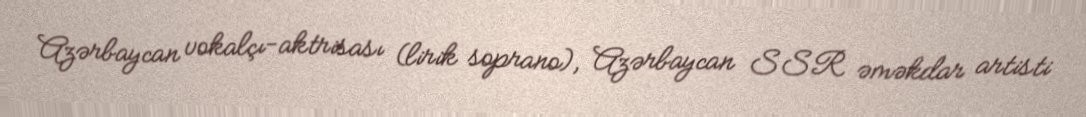
Azərbaycan vokalçı-aktrisası (lirik soprano), Azərbaycan SSR əməkdar artisti